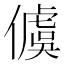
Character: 𪝭